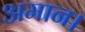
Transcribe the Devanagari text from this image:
अमान।